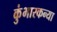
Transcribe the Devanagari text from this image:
कुंभारकन्या